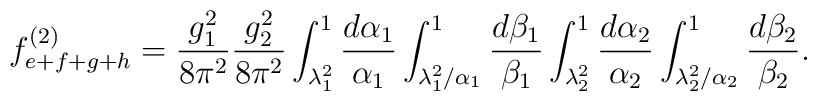
f_{e+f+g+h}^{(2)} = \frac{g^2_1}{8 \pi^2}\frac{g^2_2}{8 \pi^2}\int_{\lambda_1^2}^1\frac{d\alpha_1}{\alpha_1} \int_{\lambda_1^2/\alpha_1}^1\frac{d\beta_1}{\beta_1}\int_{\lambda_2^2}^1\frac{d\alpha_2}{\alpha_2} \int_{\lambda_2^2/\alpha_2}^1\frac{d\beta_2}{\beta_2}.